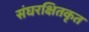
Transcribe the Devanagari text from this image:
संघरक्षितकृत